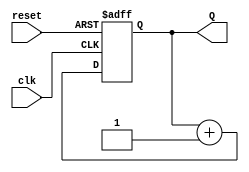
module binary_counter (
    input wire clk,       // Clock input
    input wire reset,     // Asynchronous reset input
    output reg [1:0] Q    // 2-bit output representing the counter value
);

    // State transition logic
    always @(posedge clk or posedge reset) begin
        if (reset) begin
            Q <= 2'b00; // Reset the counter to 0
        end else begin
            Q <= Q + 1; // Increment the counter
        end
    end

endmodule